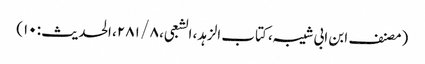
(مصنف ابن ابی شیبہ، کتاب الزہد، الشعبی، ۸ / ۲۸۱، الحدیث: ۱۰)